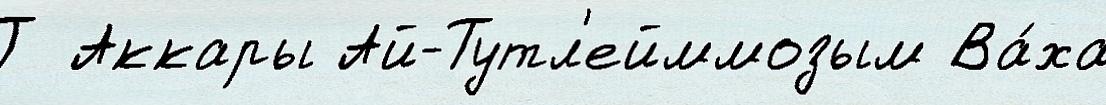
Т Аккары Ай-Тутл'ейммозым Ва́ха